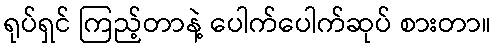
ရုပ်ရှင် ကြည့်တာနဲ့ ပေါက်ပေါက်ဆုပ် စားတာ။